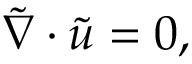
\boldsymbol { \Tilde { \nabla } } \cdot \boldsymbol { \Tilde { u } } = 0 ,